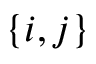
\{ i , j \}